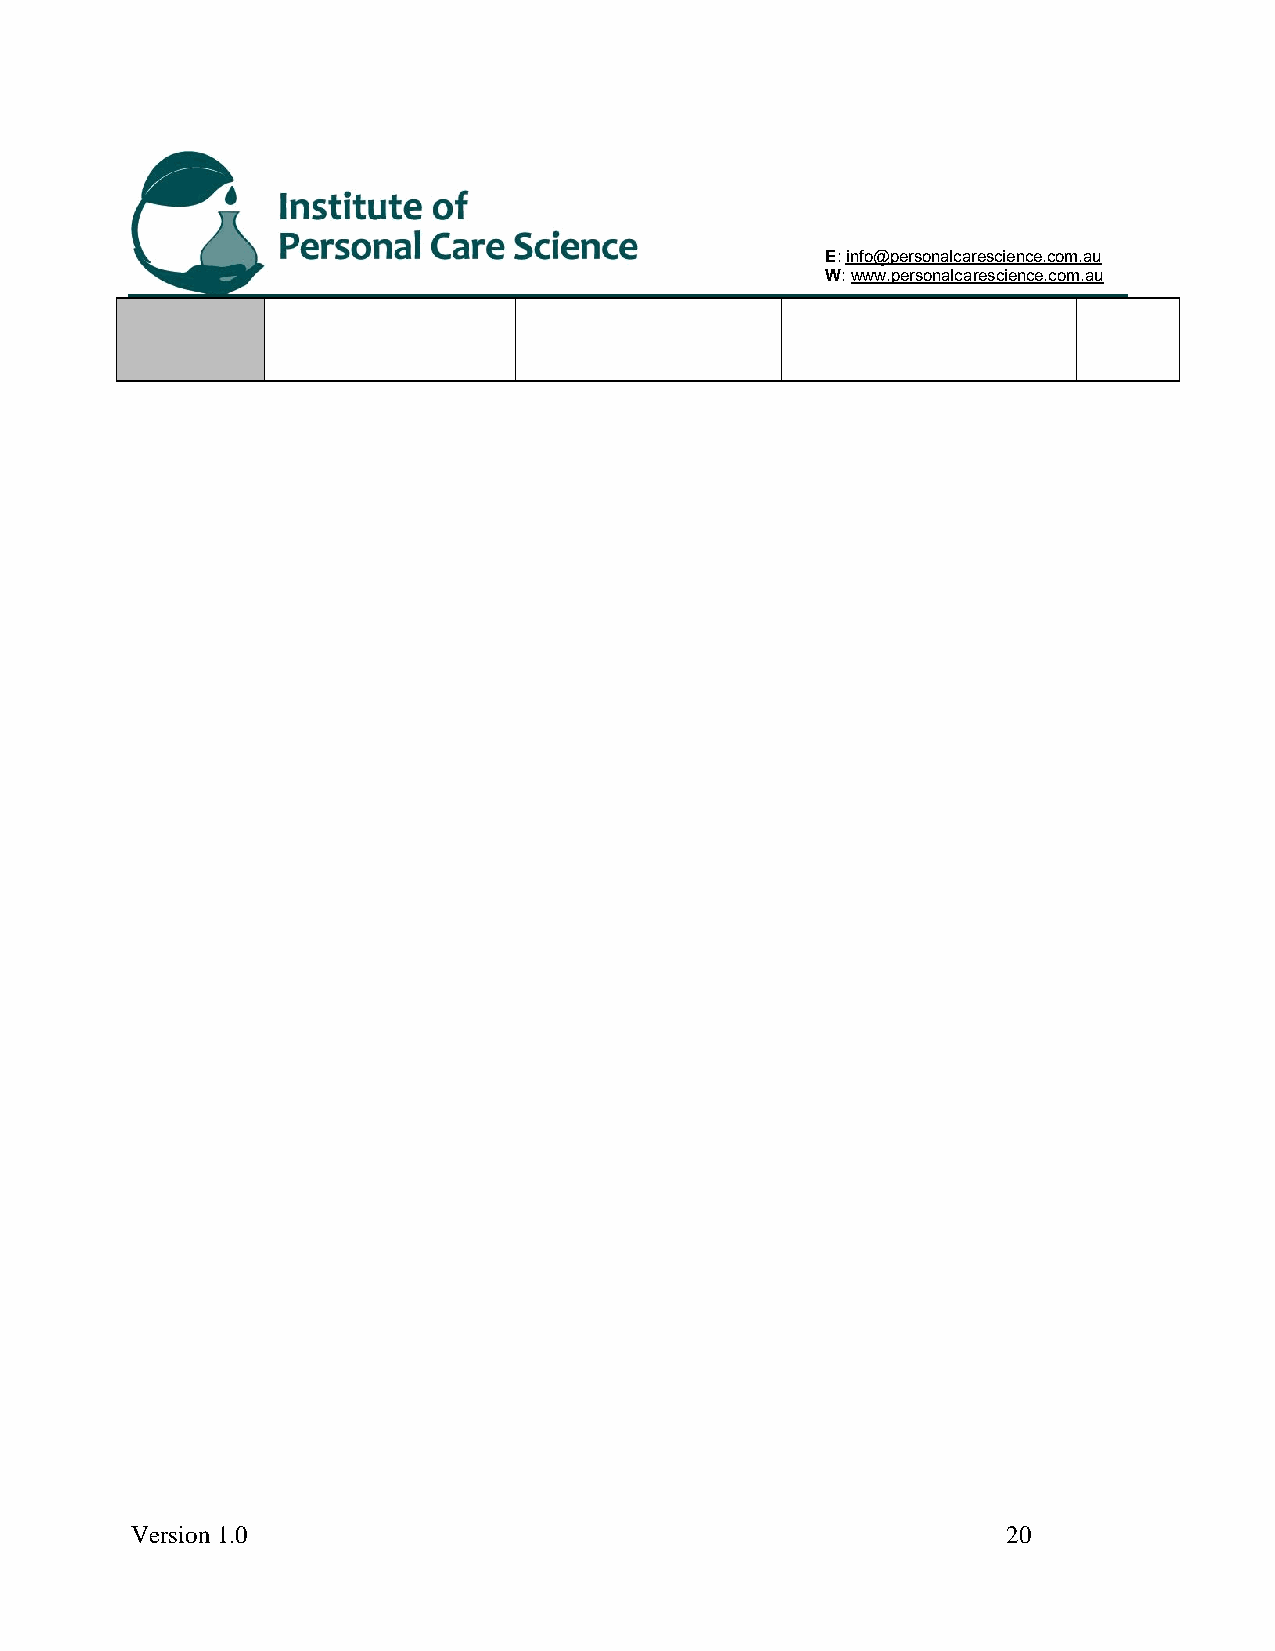
E: info@personalcarescience.com.au
 W: www.personalcarescience.com.au
 Version 1.0                                               20